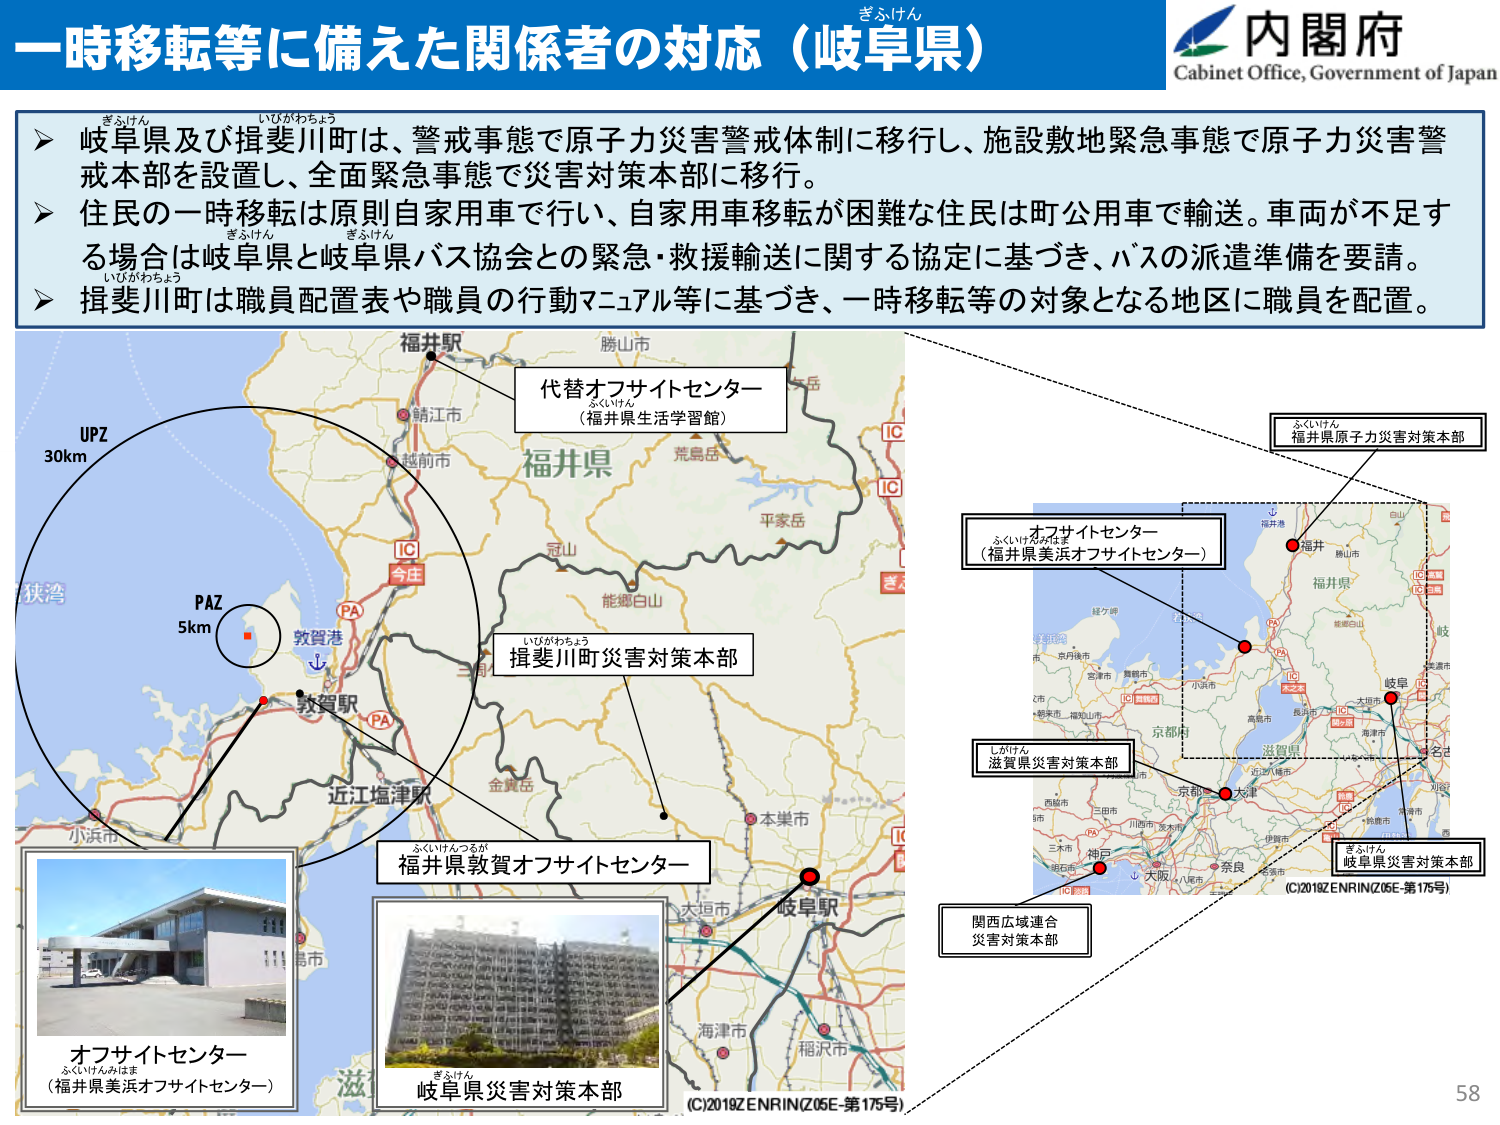
一時移転等に備えた関係者の対応（岐阜県）
きふけん

内閣府
Cabinet Office, Government of Japan

▶ 岐阜県及び揖斐川町は、警戒事態で原子力災害警戒体制に移行し、施設敷地緊急事態で原子力災害警戒本部を設置し、全面緊急事態で災害対策本部に移行。
▶ 住民の一時移転は原則自家用車で行い、自家用車移転が困難な住民は町公用車で輸送。車両が不足する場合は岐阜県と岐阜県バス協会との緊急・救援輸送に関する協定に基づき、バスの派遣準備を要請。
▶ 揖斐川町は職員配置表や職員の行動マニュアル等に基づき、一時移転等の対象となる地区に職員を配置。

UPZ
30km
PAZ
5km

代替オフサイトセンター
（福井県生活学習館）

福井県
福井駅
勝山市
越前市
今庄
IC
IC
冠山
能郷白山
平家岳
荒島岳
敦賀港
敦賀駅
近江塩津駅
金賞岳
三重県
本巣市
岐阜駅
海津市
稲沢市
大垣市
小浜市
狭湾

揖斐川町災害対策本部

ふくいけん
福井県原子力災害対策本部

オフサイトセンター
（福井県美浜オフサイトセンター）

しがけん
滋賀県災害対策本部

関西広域連合
災害対策本部

きふけん
岐阜県災害対策本部

（C）2018ZENRIN（Z05E-第175号）

オフサイトセンター
（福井県美浜オフサイトセンター）

ふくいけんつるが
福井県敦賀オフサイトセンター

きふけん
岐阜県災害対策本部

（C）2018ZENRIN（Z05E-第175号）

58